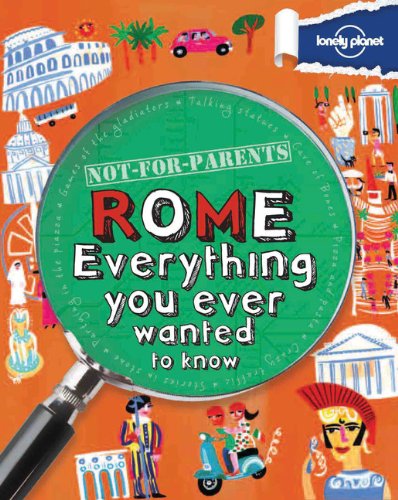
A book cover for Not For Parents Rome: Everything You Ever Wanted to Know (Lonely Planet Not for Parents); Lonely Planet; Children's Books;